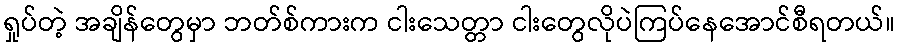
ရှုပ်တဲ့ အချိန်တွေမှာ ဘတ်စ်ကားက ငါးသေတ္တာ ငါးတွေလိုပဲကြပ်နေအောင်စီရတယ်။